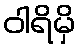
ဝါရိမှိ